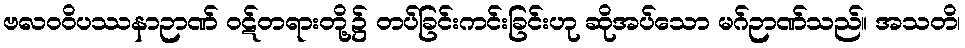
ဗလဝဝိပဿနာဉာဏ် ဝဋ်တရားတို့၌ တပ်ခြင်းကင်းခြင်းဟု ဆိုအပ်သော မဂ်ဉာဏ်သည်။ အသတိ၊